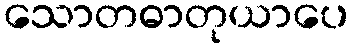
သောတဓာတုယာပေ